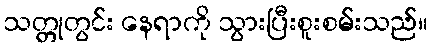
သတ္တုတွင်း နေရာကို သွားပြီးစူးစမ်းသည်။